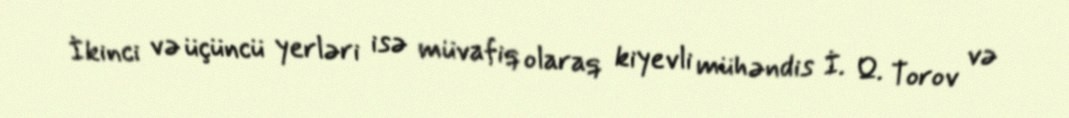
İkinci və üçüncü yerləri isə müvafiq olaraq kiyevli mühəndis İ. Q. Torov və